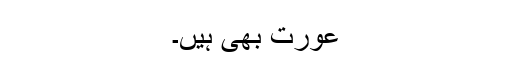
عورت بھی ہیں۔